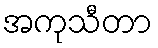
အကုသီတာ